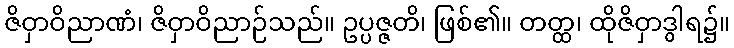
ဇိဝှာဝိညာဏံ၊ ဇိဝှာဝိညာဉ်သည်။ ဥပ္ပဇ္ဇတိ၊ ဖြစ်၏။ တတ္ထ၊ ထိုဇိဝှာဒွါရ၌။